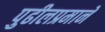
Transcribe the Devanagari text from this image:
पुढीलप्रमाने